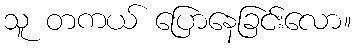
သူ တကယ် ပြောနေခြင်းလော။